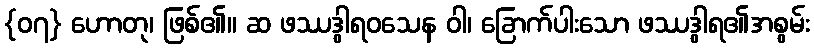
{၀၇} ဟောတု၊ ဖြစ်၏။ ဆ ဖဿဒွါရဝသေန ဝါ၊ ခြောက်ပါးသော ဖဿဒွါရ၏အစွမ်း